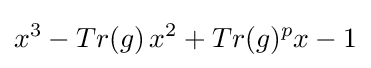
x^{3}-Tr(g)\!\ x^{2}+Tr(g)^{p}x-1